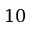
1 0